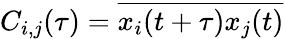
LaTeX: C_{i,j}(\tau)=\overline{{x_{i}(t+\tau)x_{j}(t)}}